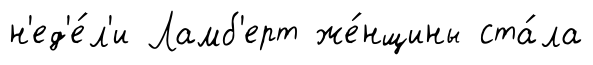
н'ед'е́л'и Ламб'ерт же́нщины ста́ла